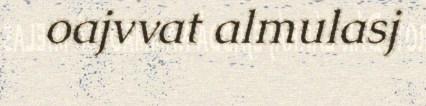
oajvvat almulasj